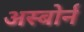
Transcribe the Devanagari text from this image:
अस्बोर्न